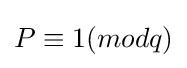
P\equiv 1(modq)